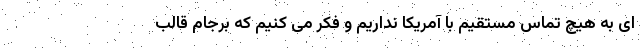
ای به هیچ تماس مستقیم با آمریکا نداریم و فکر می کنیم که برجام قالب